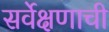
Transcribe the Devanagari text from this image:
सर्वेक्षणाची